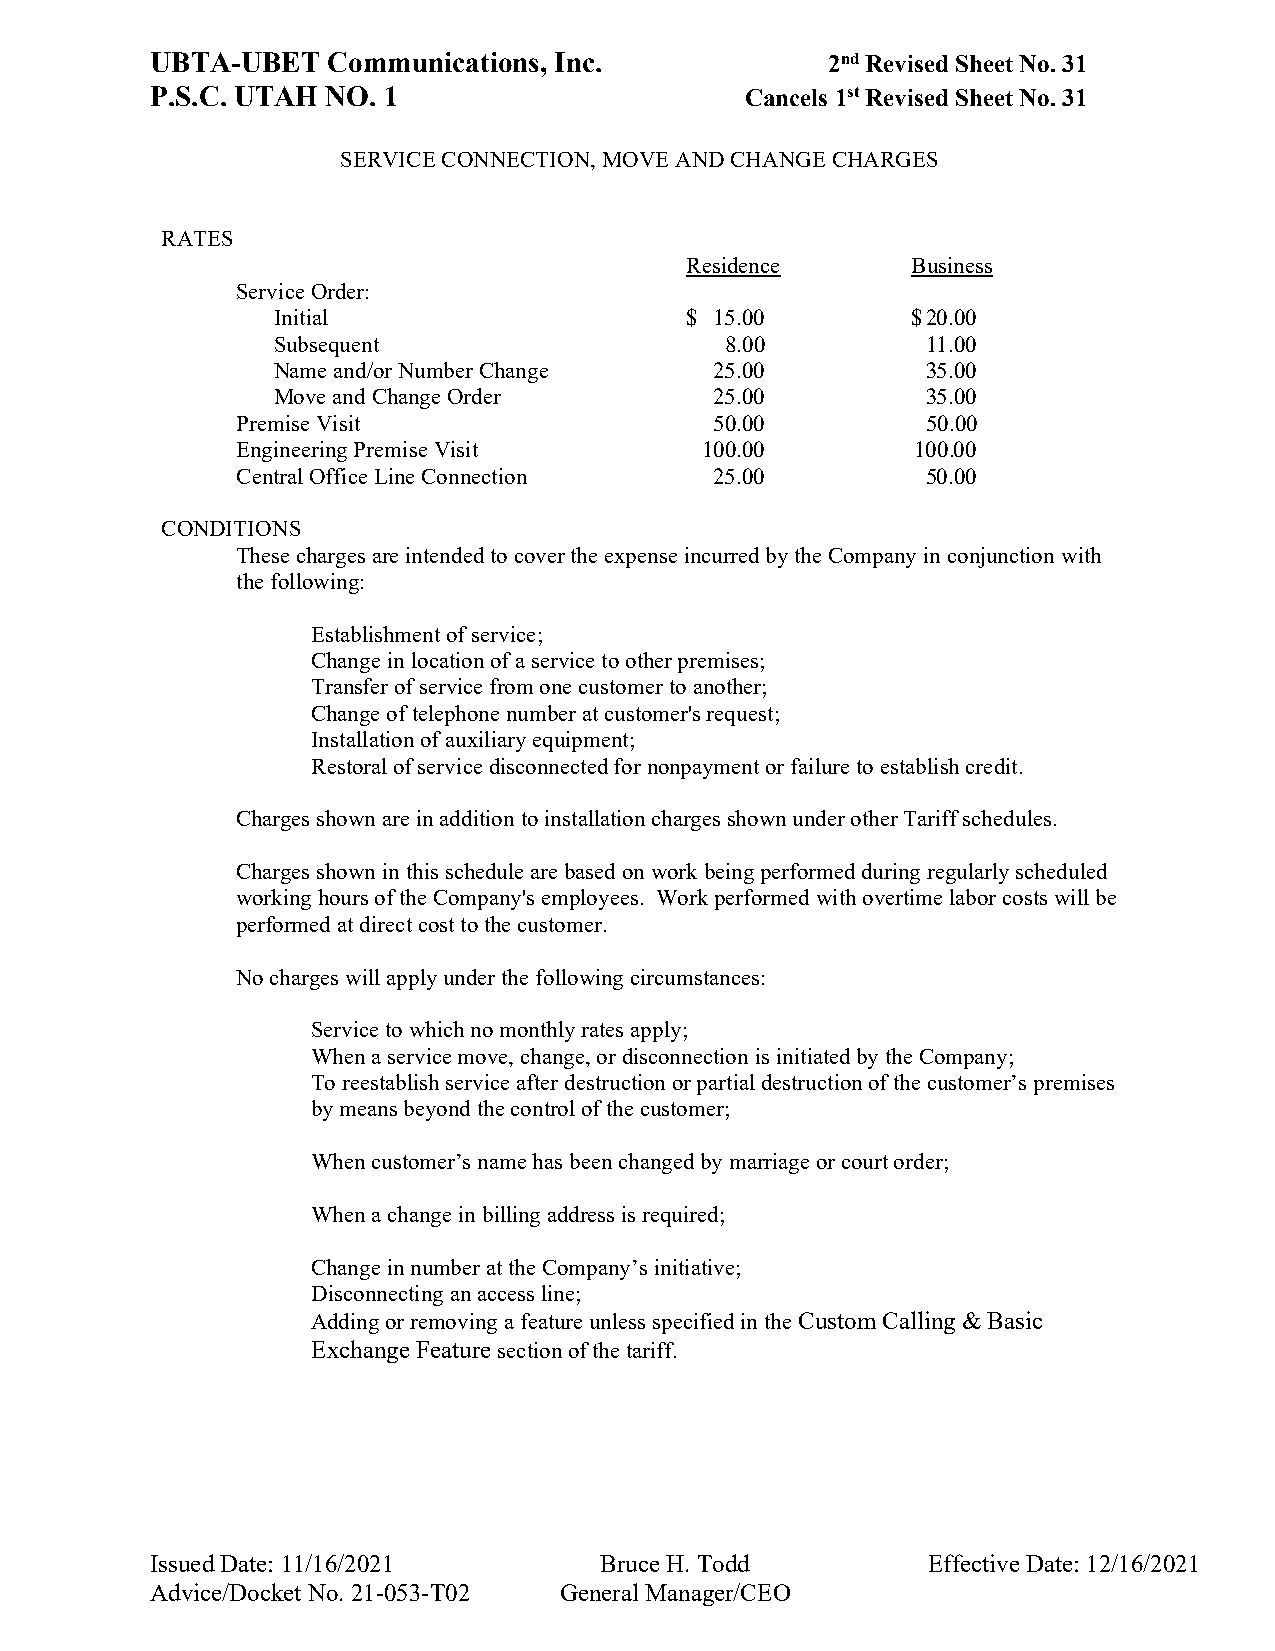
UBTA-UBET   Communications, Inc.             2nd Revised Sheet No. 31
 P.S.C. UTAH NO. 1                      Cancels 1st Revised Sheet No. 31
 SERVICE CONNECTION, MOVE AND CHANGE CHARGES
 RATES
 Residence      Business
 Service Order:
 Initial                    $ 15.00        $ 20.00
 Subsequent                    8.00         11.00
 Name and/or Number Change    25.00         35.00
 Move and Change Order        25.00         35.00
 Premise Visit                  50.00         50.00
 Engineering Premise Visit     100.00         100.00
 Central Office Line Connection 25.00         50.00
 CONDITIONS
 These charges are intended to cover the expense incurred by the Company in conjunction with
 the following:
 Establishment of service;
 Change in location of a service to other premises;
 Transfer of service from one customer to another;
 Change of telephone number at customer's request;
 Installation of auxiliary equipment;
 Restoral of service disconnected for nonpayment or failure to establish credit.
 Charges shown are in addition to installation charges shown under other Tariff schedules.
 Charges shown in this schedule are based on work being performed during regularly scheduled
 working hours of the Company's employees. Work performed with overtime labor costs will be
 performed at direct cost to the customer.
 No charges will apply under the following circumstances:
 Service to which no monthly rates apply;
 When a service move, change, or disconnection is initiated by the Company;
 To reestablish service after destruction or partial destruction of the customer’s premises
 by means beyond the control of the customer;
 When customer’s name has been changed by marriage or court order;
 When a change in billing address is required;
 Change in number at the Company’s initiative;
 Disconnecting an access line;
 Adding or removing a feature unless specified in the Custom Calling & Basic
 Exchange Feature section of the tariff.
 Issued Date: 11/16/2021       Bruce H. Todd        Effective Date: 12/16/2021
 Advice/Docket No. 21-053-T02 General Manager/CEO